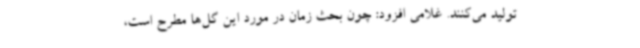
تولید می‌کنند. غلامی افزود: چون بحث زمان در مورد این گل‌ها مطرح است،